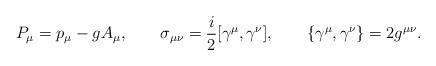
LaTeX: \begin{align*}P_\mu=p_\mu-gA_\mu,\qquad \sigma_{\mu\nu}={i\over2}[\gamma^\mu,\gamma^\nu],\qquad \{\gamma^\mu,\gamma^\nu\}=2g^{\mu\nu}.\end{align*}